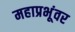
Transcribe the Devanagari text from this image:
महाप्रभूंवर